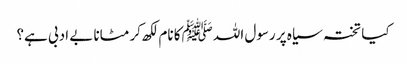
کیا تختہ سیاہ پر رسول اللہ ﷺکا نام لکھ کر مٹانا بے ادبی ہے؟